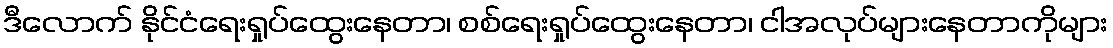
ဒီလောက် နိုင်ငံရေးရှုပ်ထွေးနေတာ၊ စစ်ရေးရှုပ်ထွေးနေတာ၊ ငါအလုပ်များနေတာကိုများ